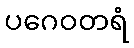
ပဂေဝတရံ